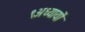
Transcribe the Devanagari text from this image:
९अध्यायों